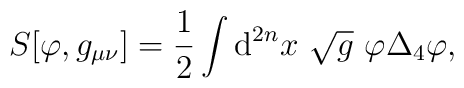
S[\varphi ,g_{\mu \nu }]=\frac{1}{2}\int {\rm d}^{2n}x~\sqrt{g}~\varphi\Delta _{4}\varphi ,